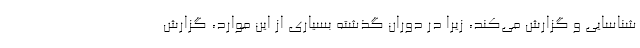
شناسایی و گزارش می‌کند، زیرا در دوران گذشته بسیاری از این موارد، گزارش